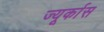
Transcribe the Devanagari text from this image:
ज्यूर्कास